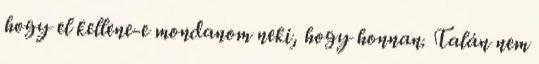
hogy el kellene-e mondanom neki, hogy honnan. Talán nem